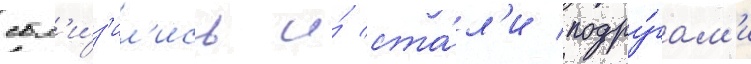
сбл'и́з'ил'ись и́ ста́л'и подру́гам'и